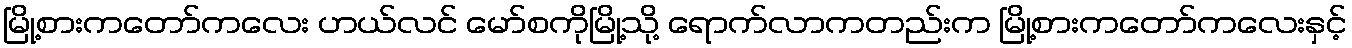
မြို့စားကတော်ကလေး ဟယ်လင် မော်စကိုမြို့သို့ ရောက်လာကတည်းက မြို့စားကတော်ကလေးနှင့်